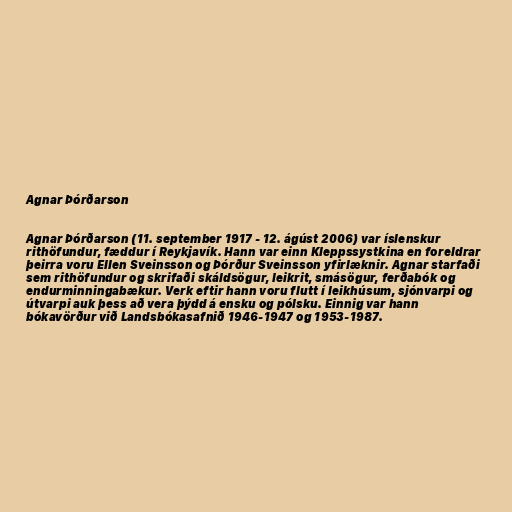
Agnar Þórðarson

Agnar Þórðarson (11. september 1917 - 12. ágúst 2006) var íslenskur
rithöfundur, fæddur í Reykjavík. Hann var einn Kleppssystkina en foreldrar
þeirra voru Ellen Sveinsson og Þórður Sveinsson yfirlæknir. Agnar starfaði
sem rithöfundur og skrifaði skáldsögur, leikrit, smásögur, ferðabók og
endurminningabækur. Verk eftir hann voru flutt í leikhúsum, sjónvarpi og
útvarpi auk þess að vera þýdd á ensku og pólsku. Einnig var hann
bókavörður við Landsbókasafnið 1946-1947 og 1953-1987.